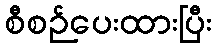
စီစဉ်ပေးထားပြီး